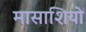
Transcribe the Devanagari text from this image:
मासाशियो